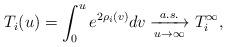
LaTeX: \begin{align*}T_i(u)=\int_0^u e^{2\rho_i(v)}dv \xrightarrow[u\to\infty]{a.s.}T_i^{\infty},\end{align*}